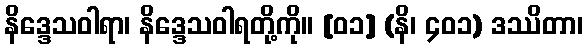
နိဒ္ဒေသဝါရာ၊ နိဒ္ဒေသဝါရတို့ကို။ [၀၁] (နိ၊ ၄၀၁) ဒဿိတာ၊